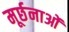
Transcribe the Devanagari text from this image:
मूर्छनाओं